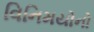
વિનિમયોનો